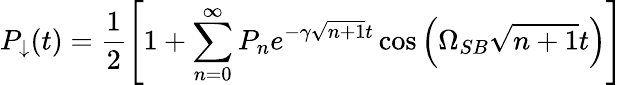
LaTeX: P_{\downarrow}(t)=\frac{1}{2}\left[1+\sum_{n=0}^{\infty}P_{n}e^{-\gamma\sqrt{n+1}t}\cos\left(\Omega_{SB}\sqrt{n+1}t\right)\right]